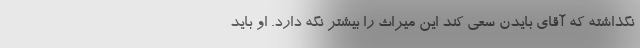
نگذاشته که آقای بایدن سعی کند این میراث را بیشتر نگه دارد. او باید